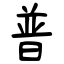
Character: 普